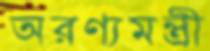
অরণ্যমন্ত্রী